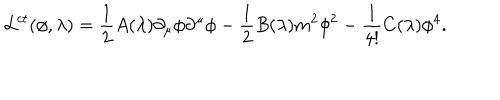
{ \cal L } ^ { c t } ( \phi , \lambda ) = { \frac { 1 } { 2 } } A ( \lambda ) \partial _ { \mu } \phi \partial ^ { \mu } \phi - { \frac { 1 } { 2 } } B ( \lambda ) m ^ { 2 } \phi ^ { 2 } - { \frac { 1 } { 4 ! } } C ( \lambda ) \phi ^ { 4 } .